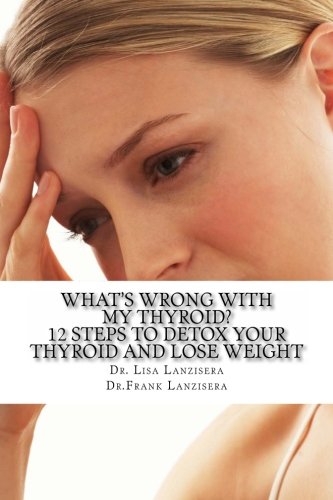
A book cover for What's Wrong With My Thyroid?: 12 Steps to Detox Your Thyroid and Lose Weight (Lanzisera Center) (Volume 2); Dr. Frank Lanzisera; Health, Fitness & Dieting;